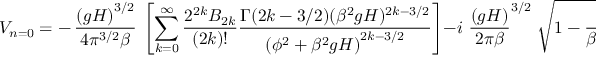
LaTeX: V _ { n = 0 } = - \, \frac { \left( g H \right) ^ { 3 / 2 } } { 4 \pi ^ { 3 / 2 } \beta } \, \left[ \sum _ { k = 0 } ^ { \infty } \frac { 2 ^ { 2 k } B _ { 2 k } } { ( 2 k ) ! } \frac { \Gamma ( 2 k - 3 / 2 ) ( \beta ^ { 2 } g H ) ^ { 2 k - 3 / 2 } } { \left( \phi ^ { 2 } + \beta ^ { 2 } g H \right) ^ { 2 k - 3 / 2 } } \right] - i \, \, { \frac { \left( g H \right) } { 2 \pi \beta } } ^ { 3 / 2 } \, \, \sqrt { 1 - \frac { \phi ^ { 2 } } { \beta ^ { 2 } g H } }